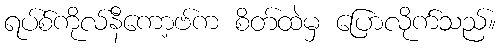
ရပ်စ်ကိုလ်နီကော့ဗ်က စိတ်ထဲမှ ပြောလိုက်သည်။